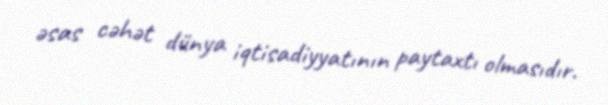
əsas cəhət dünya iqtisadiyyatının paytaxtı olmasıdır.